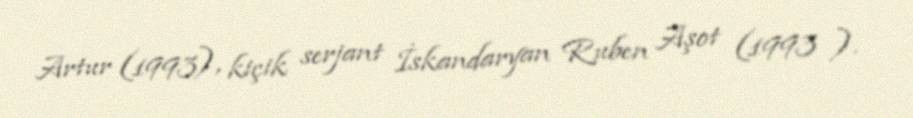
Artur (1993), kiçik serjant İskandaryan Ruben Aşot (1993 ).